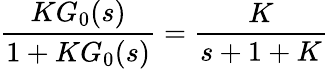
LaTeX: {\frac{KG_{0}(s)}{1+KG_{0}(s)}}={\frac{K}{s+1+K}}